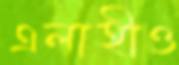
এলাহীও